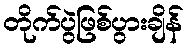
တိုက်ပွဲဖြစ်ပွားချိန်